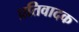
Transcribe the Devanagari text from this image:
प्रतिवादक